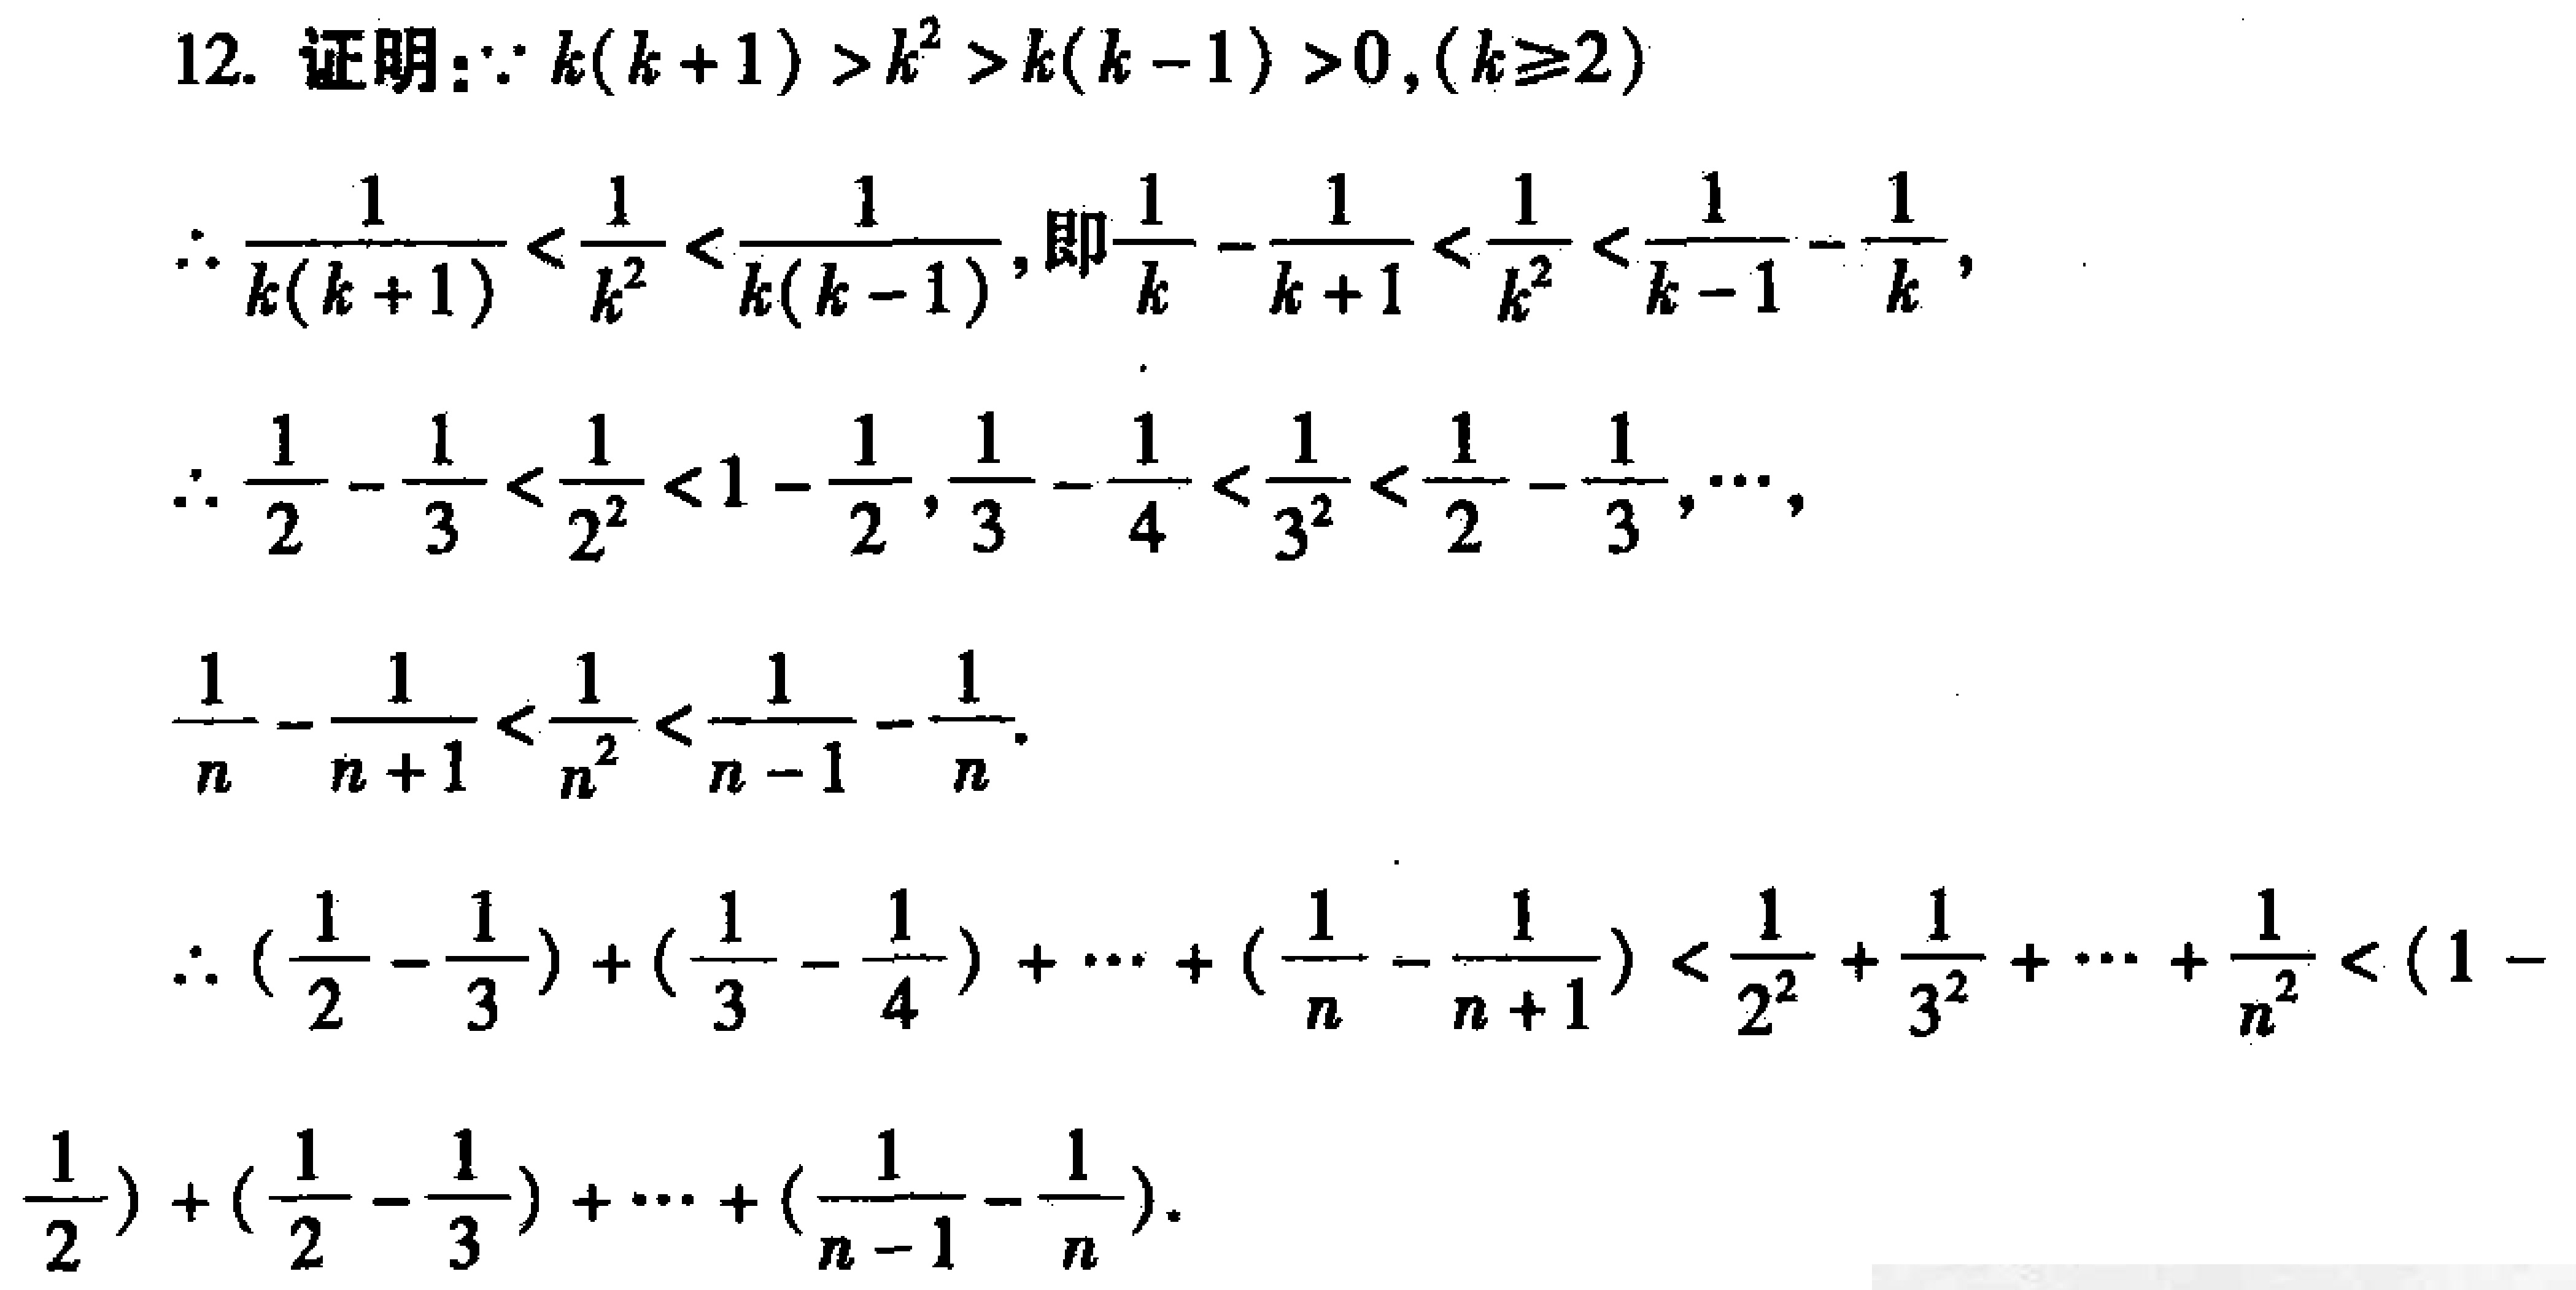
12. 证明：\(\because k(k + 1) > k^{2} > k(k - 1) > 0,(k\geq2)\)

\(\therefore \frac{1}{k(k + 1)} < \frac{1}{k^{2}} < \frac{1}{k(k - 1)}\), 即\(\frac{1}{k} - \frac{1}{k + 1} < \frac{1}{k^{2}} < \frac{1}{k - 1} - \frac{1}{k}\),

\(\therefore \frac{1}{2} - \frac{1}{3} < \frac{1}{2^{2}} < 1 - \frac{1}{2},\frac{1}{3} - \frac{1}{4} < \frac{1}{3^{2}} < \frac{1}{2} - \frac{1}{3},\cdots,\)

\(\frac{1}{n} - \frac{1}{n + 1} < \frac{1}{n^{2}} < \frac{1}{n - 1} - \frac{1}{n}.\)

\(\therefore (\frac{1}{2} - \frac{1}{3}) + (\frac{1}{3} - \frac{1}{4}) + \cdots + (\frac{1}{n} - \frac{1}{n + 1}) < \frac{1}{2^{2}} + \frac{1}{3^{2}} + \cdots + \frac{1}{n^{2}} < (1 - \frac{1}{2}) + (\frac{1}{2} - \frac{1}{3}) + \cdots + (\frac{1}{n - 1} - \frac{1}{n}).\)